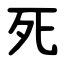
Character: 死